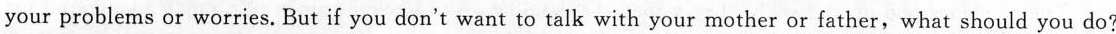
your problems or worries. But if you don't want to talk with your mother or father,what should you do?